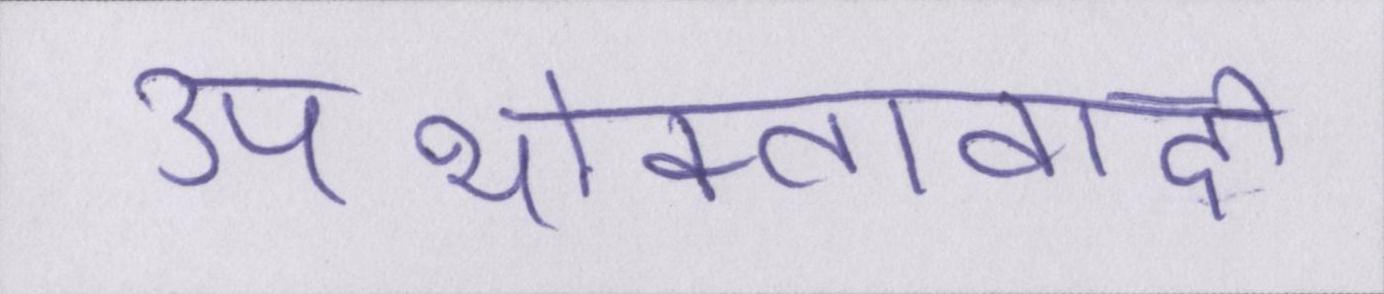
उपभोक्तावादी